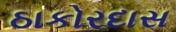
ઠાકોરદાસ